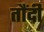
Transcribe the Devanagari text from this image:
तौंदी